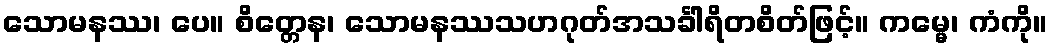
သောမနဿ၊ ပေ။ စိတ္တေန၊ သောမနဿသဟဂုတ်အသင်္ခါရိတစိတ်ဖြင့်။ ကမ္မေ၊ ကံကို။